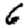
Digit: 6